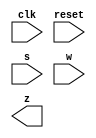
// Consider a finite state machine with inputs s and w. Assume that the FSM begins in a reset state called A, as depicted below. The FSM remains in state A as long as s = 0, and it moves to state B when s = 1. Once in state B the FSM examines the value of the input w in the next three clock cycles. If w = 1 in exactly two of these clock cycles, then the FSM has to set an output z to 1 in the following clock cycle. Otherwise z has to be 0. The FSM continues checking w for the next three clock cycles, and so on. The timing diagram below illustrates the required values of z for different values of w.

// Use as few states as possible. Note that the s input is used only in state A, so you need to consider just the w input.

module top_module (
    input clk,
    input reset,   // Synchronous reset
    input s,
    input w,
    output z
);
	// Insert your code here

endmodule